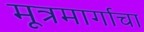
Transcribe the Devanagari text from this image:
मूत्रमार्गाचा